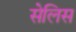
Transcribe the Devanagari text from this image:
सेलिस